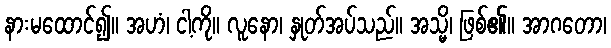
နားမထောင်၍။ အဟံ၊ ငါ့ကို။ လူနော၊ နှုတ်အပ်သည်။ အသ္မိ၊ ဖြစ်၏။ အာဂတော၊